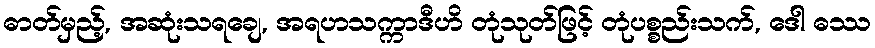
ဓာတ်မှည့်, အဆုံးသရချေ, အရဟသက္ကာဒီဟိ တုံသုတ်ဖြင့် တုံပစ္စည်းသက်, ဒေါ ဓဿ